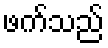
ဖက်သည်